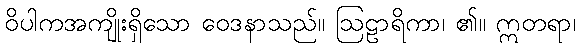
ဝိပါကအကျိုးရှိသော ဝေဒနာသည်။ ဩဠာရိကာ၊ ၏။ ဣတရာ၊